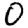
Digit: 0